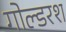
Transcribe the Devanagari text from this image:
गोल्डरश